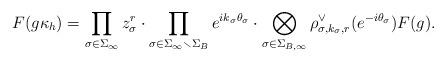
LaTeX: \begin{align*}F(g \kappa_h) = \prod_{\sigma\in \Sigma_\infty} z_\sigma^r \cdot \prod_{\sigma \in \Sigma_\infty \smallsetminus \Sigma_B} e^{i k_\sigma \theta_\sigma} \cdot \bigotimes_{\sigma \in \Sigma_{B,\infty}} \rho_{\sigma,k_\sigma,r}^\vee (e^{-i\theta_\sigma}) F(g).\end{align*}